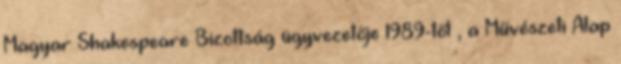
Magyar Shakespeare Bizottság ügyvezetője 1989-től , a Művészeti Alap